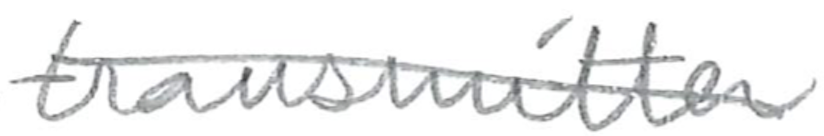
Text: transmitter
Cross-out: diagonal
Writing tool: pencil